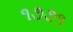
૧૭૭૧